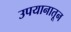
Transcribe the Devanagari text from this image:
उपयानातून